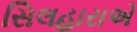
સિલહારાએ